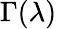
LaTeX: \Gamma(\lambda)